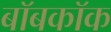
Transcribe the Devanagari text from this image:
बॉबकॉक